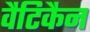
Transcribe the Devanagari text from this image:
वैटिकैन